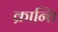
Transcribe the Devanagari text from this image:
क्रान्‍ति